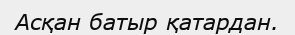
Асқан батыр қатардан.